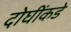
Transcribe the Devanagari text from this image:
दोघींकडे